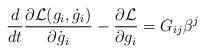
LaTeX: \begin{align*}{d\over dt} {\partial {\cal L}(g_i,\dot g_i)\over\partial\dot g_i}-{\partial{\cal L}\over\partial g_i}=G_{ij}\beta^j\end{align*}